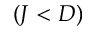
( J < D )